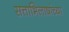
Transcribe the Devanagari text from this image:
सत्ताभिलाषांच्या